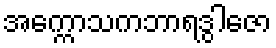
အက္ကောသကဘာရဒွါဇော